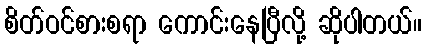
စိတ်ဝင်စားစရာ ကောင်းနေပြီလို့ ဆိုပါတယ်။